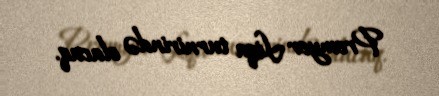
Premyer Liqa turnirində olacaq.